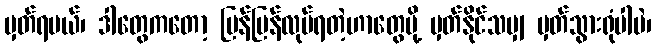
မှတ်ရမယ်၊ ဒါတွေကတော့ မြန်မြန်လုပ်ရတဲ့ဟာတွေမို့ မှတ်နိုင်သမျှ မှတ်သွားရုံပါပဲ၊